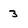
Character: 3